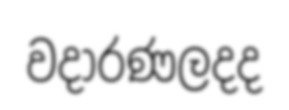
වදාරණලදද